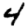
Digit: 4